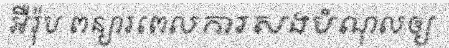
អឺរ៉ុប ពន្យារពេលការសងបំណុលឲ្យ